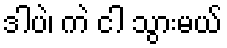
ဒါပဲ၊ ကဲ ငါ သွားမယ်